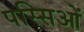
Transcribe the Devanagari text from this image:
पस्सिओं